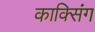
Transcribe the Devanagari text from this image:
काक्सिंग